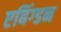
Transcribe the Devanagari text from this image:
एबिंग्डन